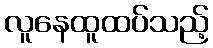
လူနေထူထပ်သည့်